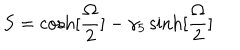
LaTeX: S = \cosh [ { \frac { \Omega } { 2 } } ] - \gamma _ { 5 } \sinh [ { \frac { \Omega } { 2 } } ]